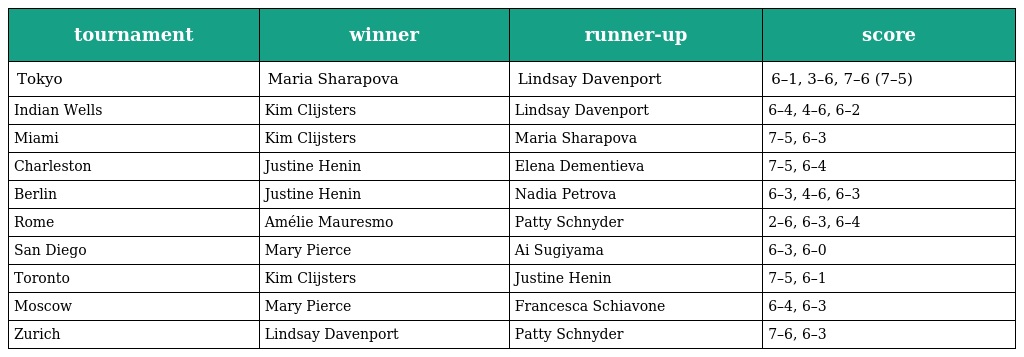
| tournament | winner | runner-up | score |
 | --- | --- | --- | --- |
 | Tokyo | Maria Sharapova | Lindsay Davenport | 6–1, 3–6, 7–6 (7–5) |
 | Indian Wells | Kim Clijsters | Lindsay Davenport | 6–4, 4–6, 6–2 |
 | Miami | Kim Clijsters | Maria Sharapova | 7–5, 6–3 |
 | Charleston | Justine Henin | Elena Dementieva | 7–5, 6–4 |
 | Berlin | Justine Henin | Nadia Petrova | 6–3, 4–6, 6–3 |
 | Rome | Amélie Mauresmo | Patty Schnyder | 2–6, 6–3, 6–4 |
 | San Diego | Mary Pierce | Ai Sugiyama | 6–3, 6–0 |
 | Toronto | Kim Clijsters | Justine Henin | 7–5, 6–1 |
 | Moscow | Mary Pierce | Francesca Schiavone | 6–4, 6–3 |
 | Zurich | Lindsay Davenport | Patty Schnyder | 7–6, 6–3 |